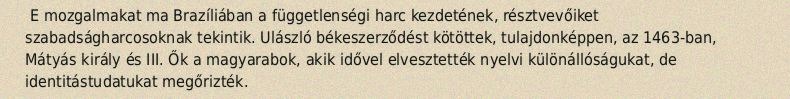
E mozgalmakat ma Brazíliában a függetlenségi harc kezdetének, résztvevőiket szabadságharcosoknak tekintik. Ulászló békeszerződést kötöttek, tulajdonképpen, az 1463-ban, Mátyás király és III. Ők a magyarabok, akik idővel elvesztették nyelvi különállóságukat, de identitástudatukat megőrizték.